Indian journal of veterinary science and animal husbandry - Volume 13,
Year: 1943
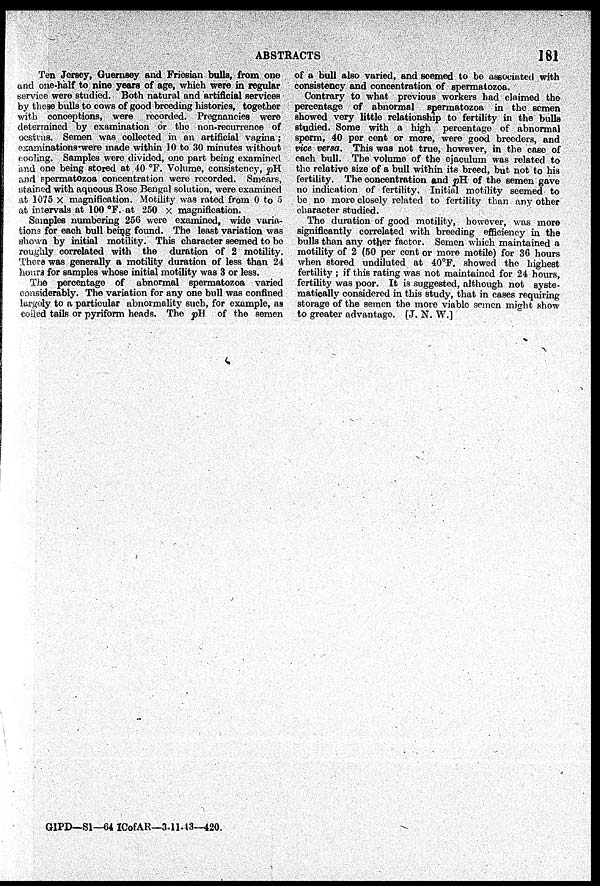
ABSTRACTS
181
Ten Jersey, Guernsey and Friesian bulls, from one
and one-half to nine years of age, which were in regular
service were studied. Both natural and artificial services
by these bulls to cows of good breeding histories, together
with conceptions, were recorded. Pregnancies were
determined by examination or the non-recurrence of
oestrus. Semen was collected in an artificial vagina;
examinations were made within 10 to 30 minutes without
cooling. Samples were divided, one part being examined
and one being stored at 40 °F. Volume, consistency, pH
and spermatozoa concentration were recorded. Smears,
stained with aqueous Rose Bengal solution, were examined
at 1075 × magnification. Motility was rated from 0 to 5
at intervals at 100 °F. at 250 × magnification.
Samples numbering 256 were examined, wide varia-
tions for each bull being found. The least variation was
shown by initial motility. This character seemed to be
roughly correlated with the duration of 2 motility.
There was generally a motility duration of less than 24
hours for samples whose initial motility was 3 or less.
The percentage of abnormal spermatozoa varied
considerably. The variation for any one bull was confined
largely to a particular abnormality such, for example, as
colled tails or pyriform heads. The pH of the semen
of a bull also varied, and seemed to be associated with
consistency and concentration of spermatozoa.
Contrary to what previous workers had claimed the
percentage of abnormal spermatozoa in the semen
showed very little relationship to fertility in the bulls
studied. Some with a high percentage of abnormal
sperm, 40 per cent or more, were good breeders, and
vice versa. This was not true, however, in the case of
each bull. The volume of the ejaculum was related to
the relative size of a bull within its breed, but not to his
fertility. The concentration and pH of the semen gave
no indication of fertility. Initial motility seemed to
be no more closely related to fertility than any other
character studied.
The duration of good motility, however, was more
significantly correlated with breeding efficiency in the
bulls than any other factor. Semen which maintained a
motility of 2 (50 per cent or more motile) for 36 hours
when stored undiluted at 40°F. showed the highest
fertility; if this rating was not maintained for 24 hours,
fertility was poor. It is suggested, although not syste-
matically considered in this study, that in cases requiring
storage of the semen the more viable semen might show
to greater advantage. [J. N. W.]